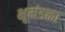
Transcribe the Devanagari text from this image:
भूमंडळा